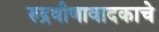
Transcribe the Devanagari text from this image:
रुद्रवीणावादकाचे